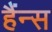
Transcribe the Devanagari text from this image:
हैंन्स